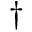
^ \dagger